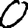
Digit: 0